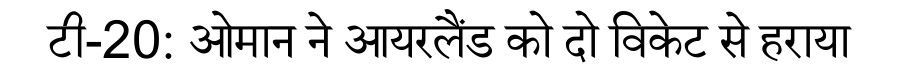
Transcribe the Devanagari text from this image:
टी-20: ओमान ने आयरलैंड को दो विकेट से हराया